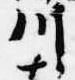
川